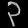
Digit: ၃